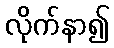
လိုက်နာ၍